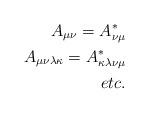
LaTeX: \begin{align*}A_{\mu\nu} = A^*_{\nu\mu}\\ A_{\mu\nu\lambda\kappa} = A^*_{\kappa\lambda\nu\mu}\\ etc.\end{align*}